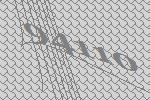
94110